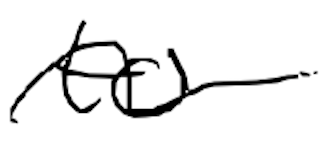
Text: to
Cross-out: wave
Writing tool: digital_black